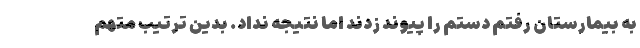
به بیمارستان رفتم دستم را پیوند زدند اما نتیجه نداد. بدین ترتیب متهم